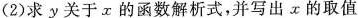
（2）求y关于x的函数解析式，并写出x的取值